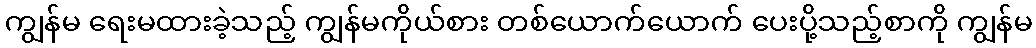
ကျွန်မ ရေးမထားခဲ့သည့် ကျွန်မကိုယ်စား တစ်ယောက်ယောက် ပေးပို့သည့်စာကို ကျွန်မ